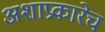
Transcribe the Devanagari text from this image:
अशाप्रकारेच